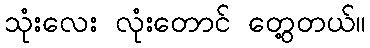
သုံးလေး လုံးတောင် တွေ့တယ်။